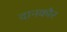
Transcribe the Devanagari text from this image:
दानकौर